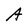
Character: A